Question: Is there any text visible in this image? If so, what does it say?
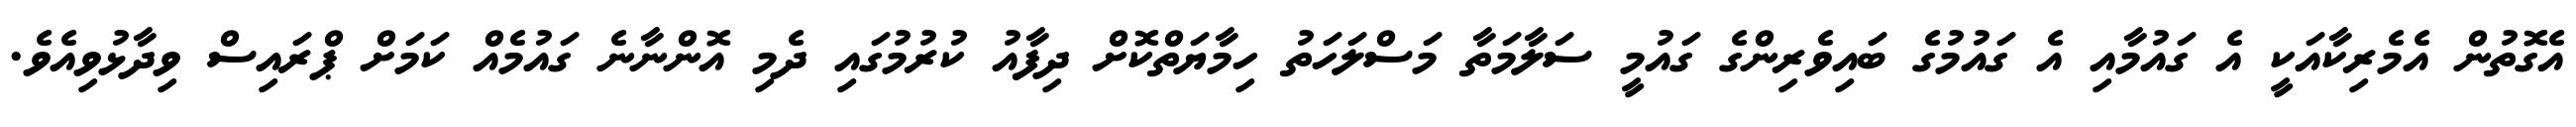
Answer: އެގޮތުން އެމެރިކާއަކީ އެ ގައުމާއި އެ ގައުމުގެ ބައިވެރިންގެ ގައުމީ ސަލާމަތާ މަސްލަހަތު ހިމާޔަތްކޮށް ދިފާއު ކުރުމުގައި ދެމި އޮންނާނެ ގައުމެއް ކަމަށް ޕްރައިސް ވިދާޅުވިއެވެ.